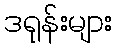
ဒရုန်းများ